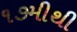
૧૭મીથી